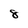
Character: 8